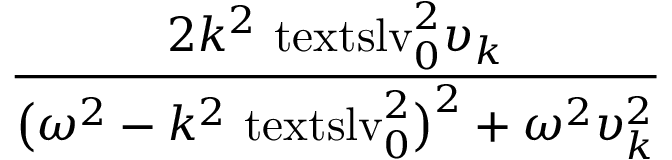
\displaystyle \frac { 2 k ^ { 2 } \ensuremath { \mathrm { \ t e x t s l { v } } _ { 0 } } ^ { 2 } \upsilon _ { k } } { \bigl ( \omega ^ { 2 } - k ^ { 2 } \ensuremath { \mathrm { \ t e x t s l { v } } _ { 0 } } ^ { 2 } \bigr ) ^ { 2 } + \omega ^ { 2 } \upsilon _ { k } ^ { 2 } }